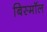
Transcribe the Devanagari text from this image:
बिस्मॉल